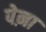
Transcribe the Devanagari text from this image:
पेऩा